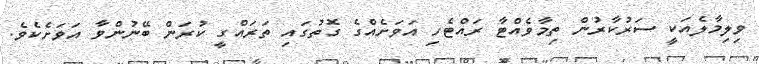
ވިލިމާލެއަކީ ސަރުކާރުން ތިމާވެއްޓާ ރައްޓެހި އަވަށެއްގެ ގޮތުގައި ތަރައްގީ ކުރަން ބޭނުންވާ އަވަށެކެވެ.